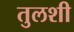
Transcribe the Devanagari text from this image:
तुलशी